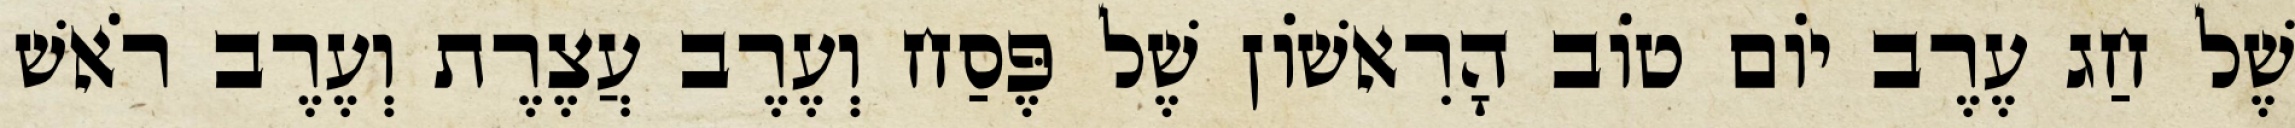
שֶׁל חַג עֶרֶב יוֹם טוֹב הָרִאשׁוֹן שֶׁל פֶּסַח וְעֶרֶב עֲצֶרֶת וְעֶרֶב רֹאשׁ